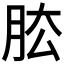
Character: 𦚁